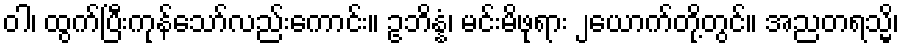
ဝါ၊ ထွက်ပြီးကုန်သော်လည်းကောင်း။ ဥဘိန္နံ၊ မင်းမိဖုရား ၂ယောက်တို့တွင်။ အညတရသ္မိ၊